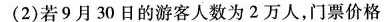
(2)若9月30日的游客人数为2万人，门票价格